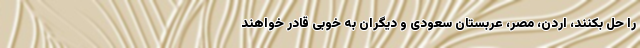
را حل بکنند، اردن، مصر، عربستان سعودی و دیگران به خوبی قادر خواهند